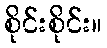
စိုင်းစိုင်း။